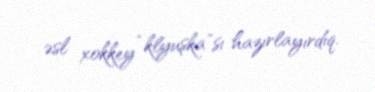
əsl xokkey “klyuşka”sı hazırlayırdıq.